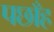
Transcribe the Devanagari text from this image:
पछाँह